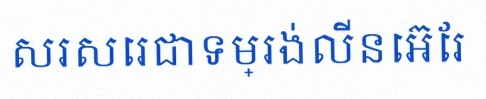
សរសេរជាទម្រង់លីនេអ៊ែរ